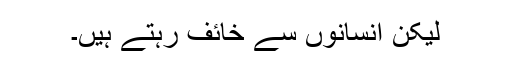
لیکن انسانوں سے خائف رہتے ہیں۔